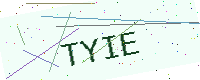
Text: TYIE